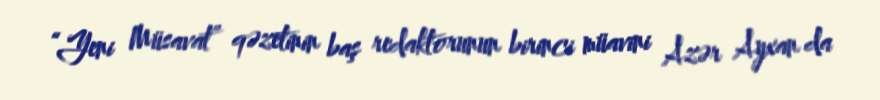
“Yeni Müsavat” qəzetinin baş redaktorunun birinci müavini Azər Ayxan da